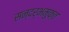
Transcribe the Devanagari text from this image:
सन्दर्भमुक्त